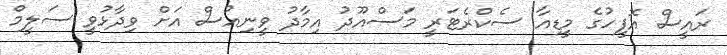
ރައީސް އޮފީހުގެ މީޑިއާ ސެކްރެޓަރީ މަސްއޫދު އިމާދު ވީނިއުސް އަށް ވިދާޅުވީ ސަލީމް